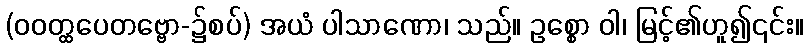
(ဝဝတ္ထပေတဗ္ဗော-၌စပ်) အယံ ပါသာဏော၊ သည်။ ဥစ္စော ဝါ၊ မြင့်၏ဟူ၍၎င်း။